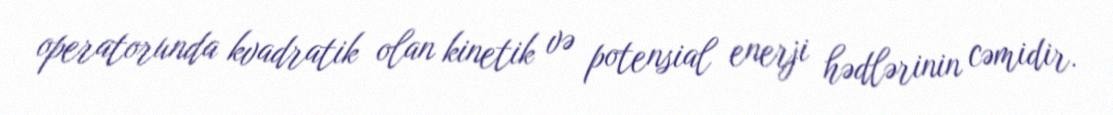
operatorunda kvadratik olan kinetik və potensial enerji hədlərinin cəmidir.